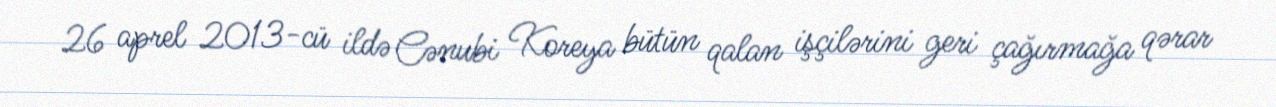
26 aprel 2013-cü ildə Cənubi Koreya bütün qalan işçilərini geri çağırmağa qərar